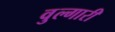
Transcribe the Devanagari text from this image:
वुल्गारी